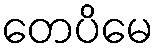
တေပိမေ